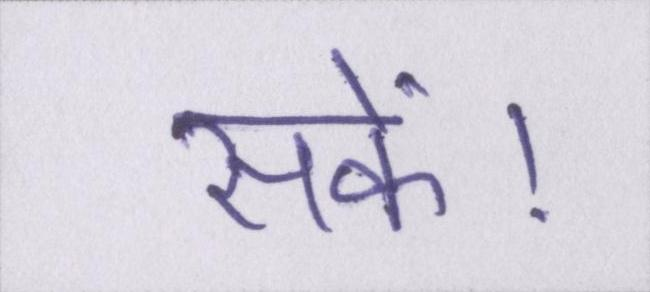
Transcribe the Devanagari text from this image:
सकें।